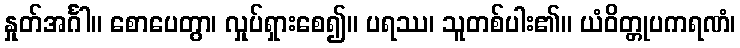
နှုတ်အင်္ဂါ။ စောပေတွာ၊ လှုပ်ရှားစေ၍။ ပရဿ၊ သူတစ်ပါး၏။ ယံဝိတ္တုပကရဏံ၊